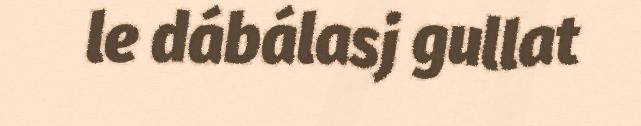
le dábálasj gullat